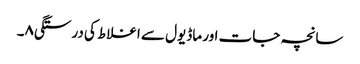
سانچہ جات اور ماڈیول سے اغلاط کی درستگی۸۔